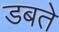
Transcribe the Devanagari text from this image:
डबते